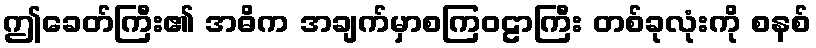
ဤခေတ်ကြီး၏ အဓိက အချက်မှာစကြဝဠာကြီး တစ်ခုလုံးကို စနစ်